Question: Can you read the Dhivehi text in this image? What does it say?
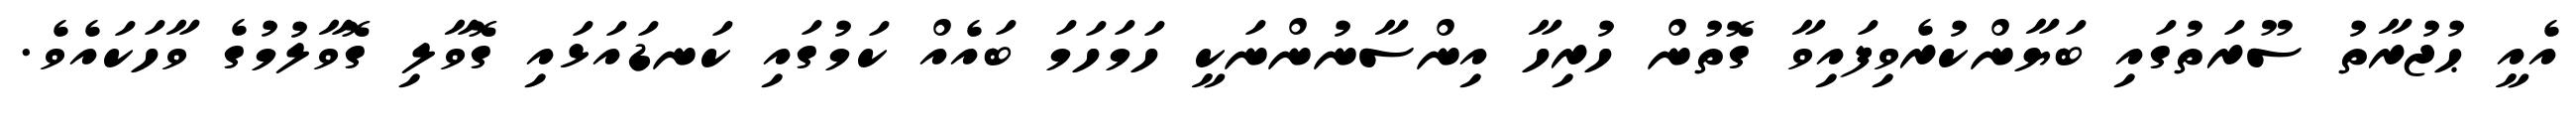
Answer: އެއީ ޙުޖުރާތު ސޫރަތުގައި ބަޔާންކުރެވިފައިވާ ގޮތުން ހުރިހާ އިންސާނުންނަކީ ހަމަހަމަ ބައެއް ކަމުގައި ކަނޑައަޅައި ގޮވާލި ގޮވާލުމުގެ ވާހަކައެވެ.